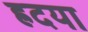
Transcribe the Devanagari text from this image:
ह्रदया